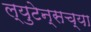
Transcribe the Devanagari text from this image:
ल्युटेन्सच्‍या